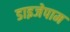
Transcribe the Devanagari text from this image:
डाइजेपाम